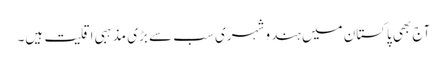
آج بھی پاکستان میں ہندو شہری سب سے بڑی مذہبی اقلیت ہیں۔